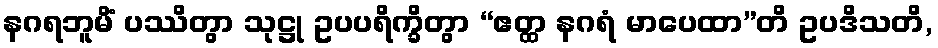
နဂရဘူမိံ ပဿိတွာ သုဋ္ဌု ဥပပရိက္ခိတွာ “ဧတ္ထ နဂရံ မာပေထာ”တိ ဥပဒိသတိ,